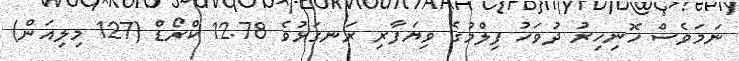
ނަމަވެސް ހޮނިހިރު ދުވަހު ފިލްމުގެ ވިޔަފާރި ރަނގަޅުވެ 12.78 ކްރޯޑް (127 މިލިއަން)